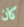
كان